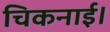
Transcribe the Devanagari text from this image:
चिकनाई।